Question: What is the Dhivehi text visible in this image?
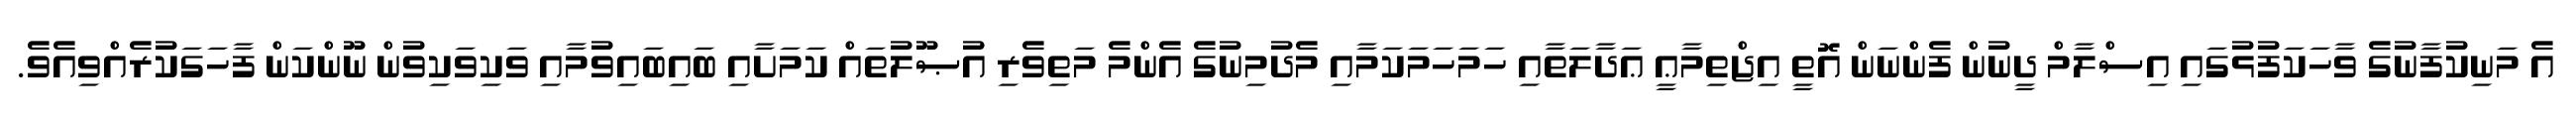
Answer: އެ މަނިކުފާނުގެ ވާހަކަފުޅުގައި އިސްލާމް ދީނުން ފެންނަން އޮތީ އިޖްތިމާޢީ ޢަދާލަތާއި ހަމަހަމަކަމާއި މެދުމިނުގެ އެންމެ މަތިވެރި އުޞޫލުތައް ކަމަށާއި ބައިބައިވުމާއި ވަކިވަކިވުން ނޫންކަން ފާހަގަކުރެއްވިއެވެ.